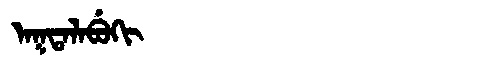
Manchu: ᠠᡴᡨᠠᠯᠠᠪᡠᡴᡳ
Romanization: AKTALABUKI